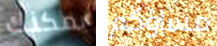
يمكنك مساؤكم